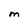
Character: M